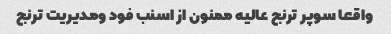
واقعا سوپر ترنج عالیه ممنون از اسنب فود ومدیریت ترنج